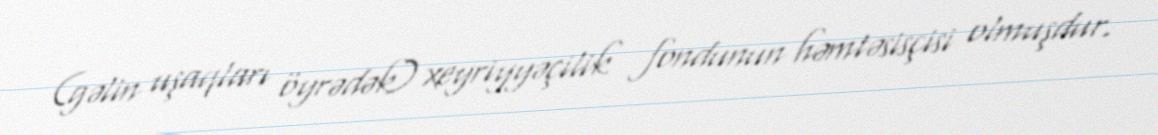
(gəlin uşaqları öyrədək) xeyriyyəçilik fondunun həmtəsisçisi olmuşdur.